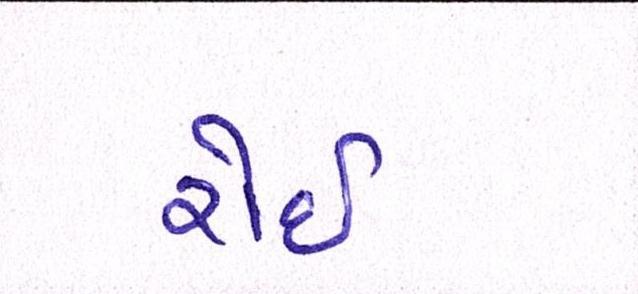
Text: રોઇ